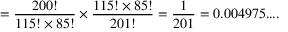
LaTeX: = { \frac { 2 0 0 ! } { { 1 1 5 ! } \times { 8 5 ! } } } \times { \frac { { 1 1 5 ! } \times { 8 5 ! } } { 2 0 1 ! } } = { \frac { 1 } { 2 0 1 } } = 0 . 0 0 4 9 7 5 . . . .